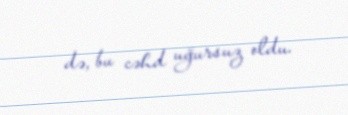
də, bu cəhd uğursuz oldu.